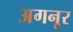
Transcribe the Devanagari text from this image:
अगनूर